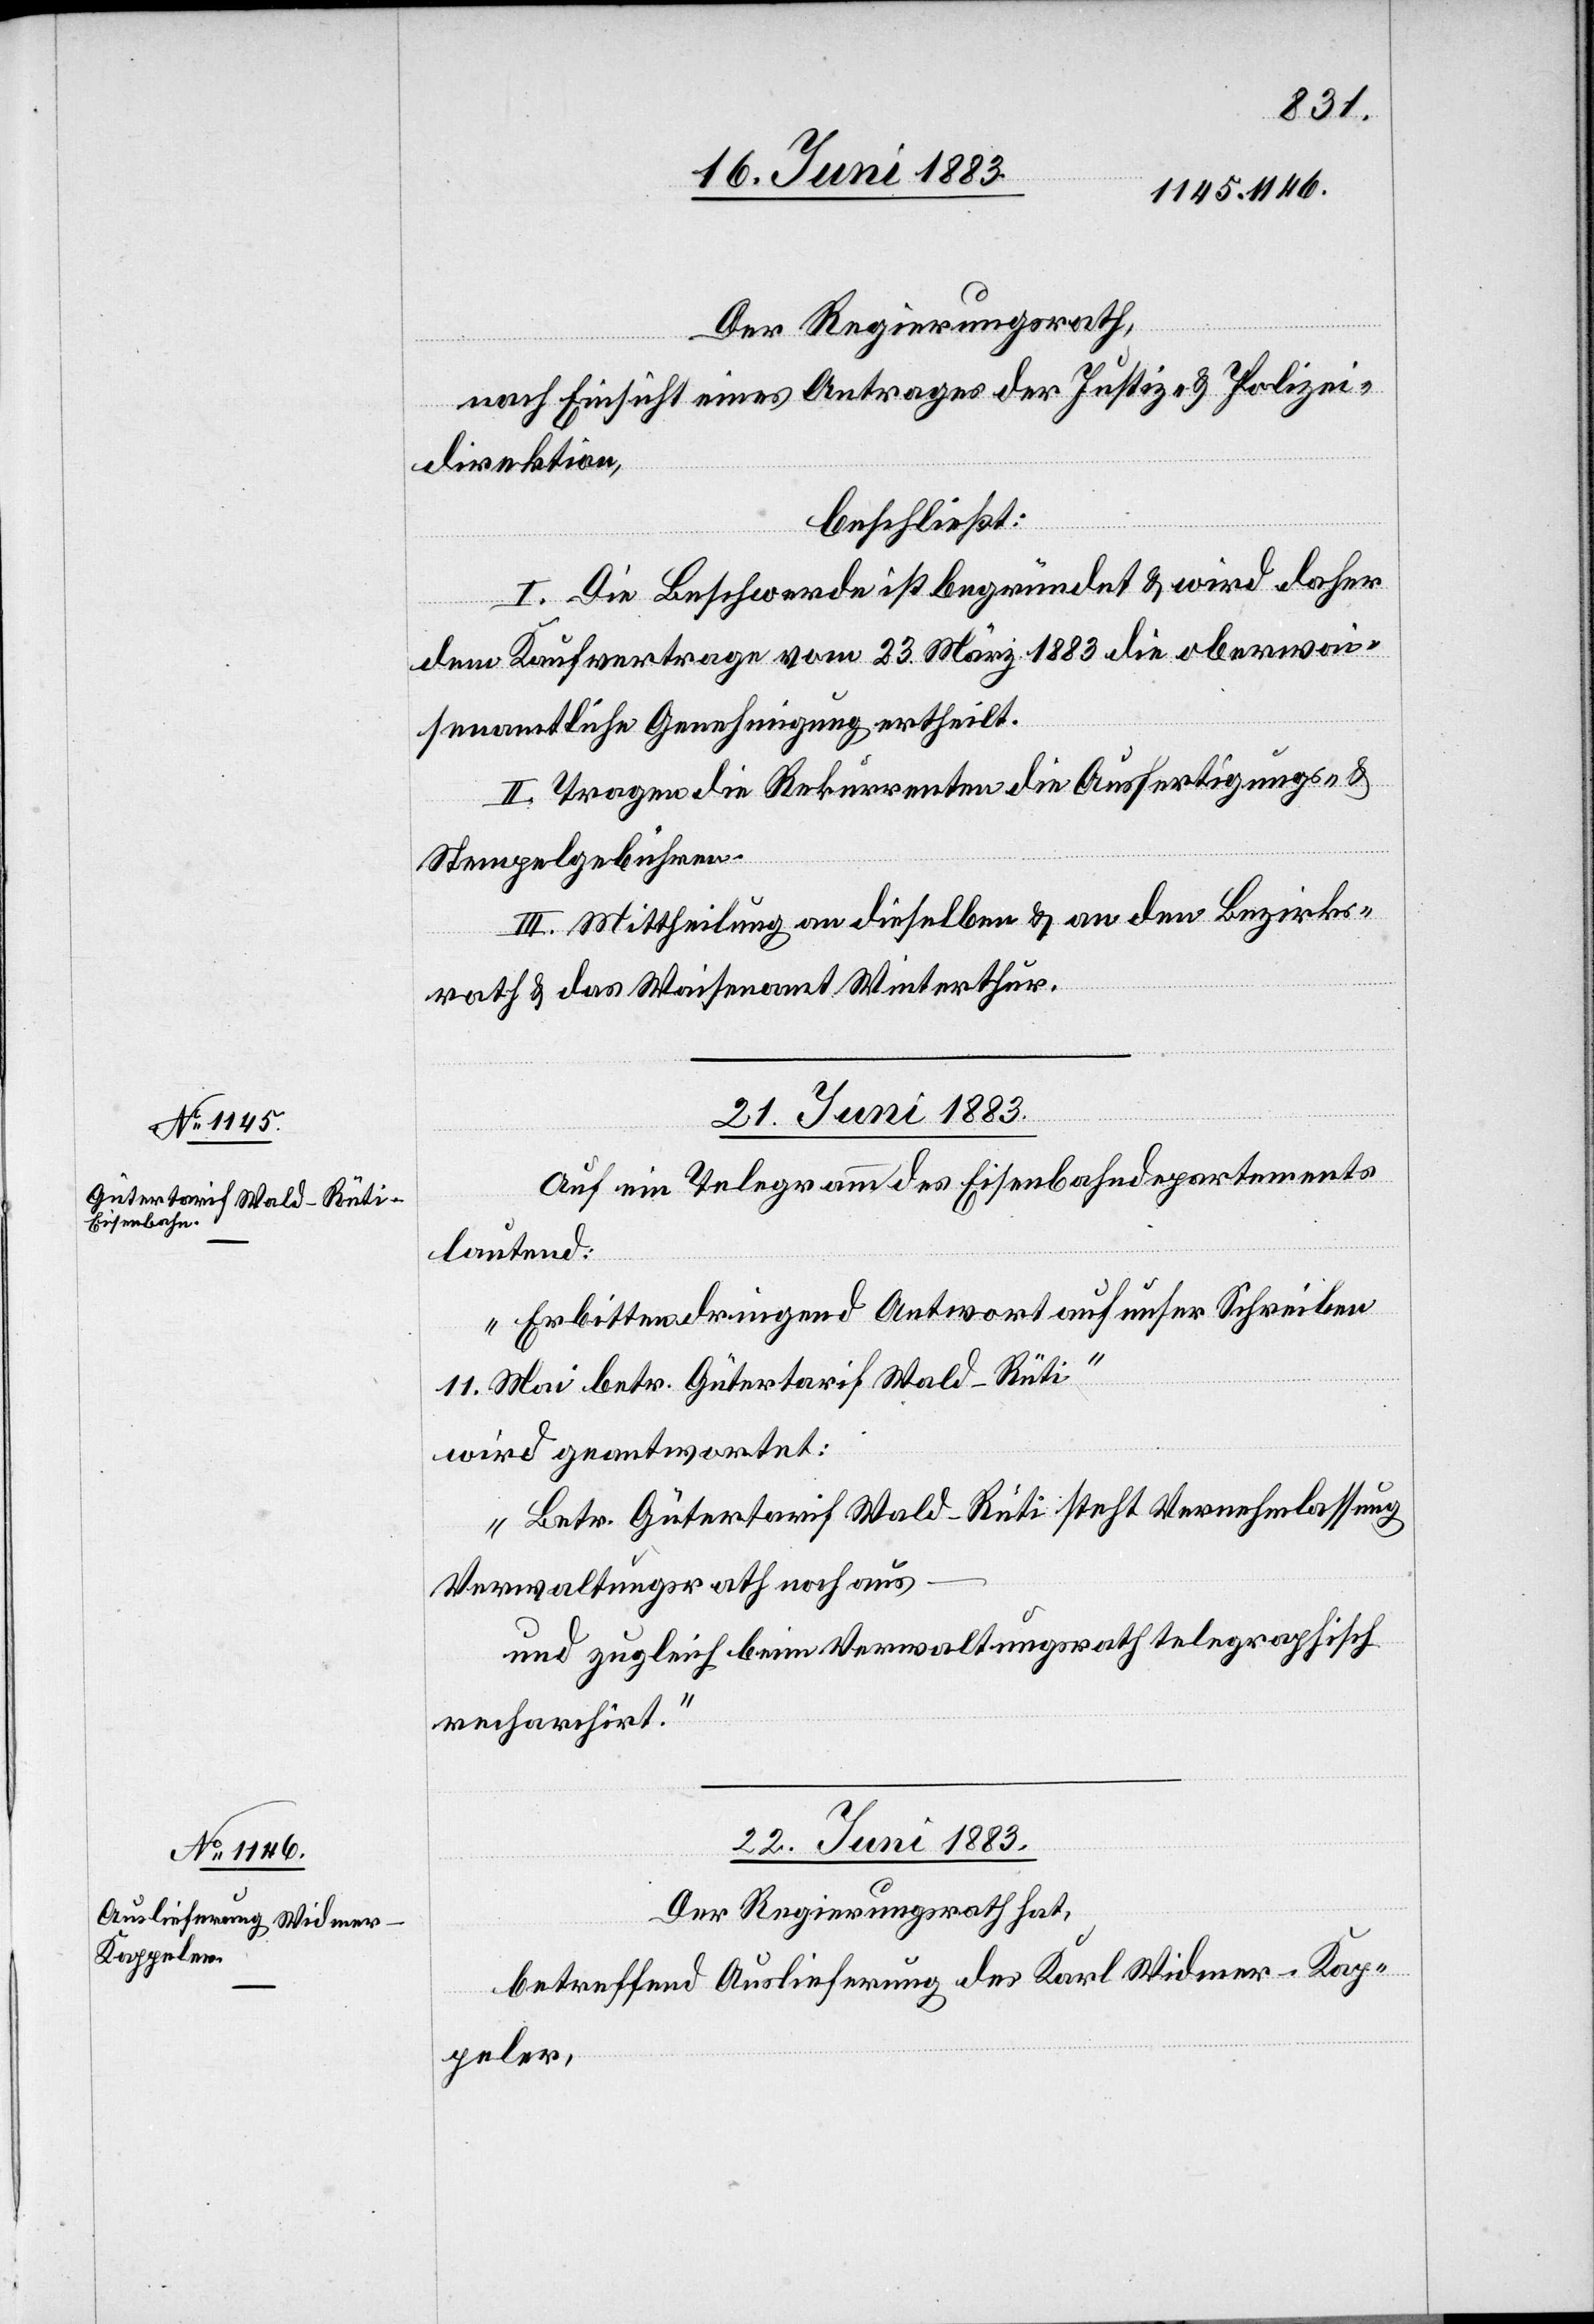
Der Regierungsrath,
nach Einsicht eines Antrages der Justiz- & Polizei¬
direktion,
beschließt:
I. Die Beschwerde ist begründet & wird daher
dem Kaufvertrage vom 23. März 1883 die oberwai¬
senamtliche Genehmigung ertheilt.
II. Tragen die Rekurrenten die Ausfertigungs-
Stempelgebühren.
III. Mittheilung an dieselben & an den Bezirks¬
rath & das Waisenamt Winterthur.
21. Juni 1883.
Auf ein Telegramm des Eisenbahndepartements
lautend:
„Erbitten dringend Antwort auf unser Schreiben
11. Mai betr. Gütertarif Wald–Rüti“
wird geantwortet:
„Betr. Gütertarif Wald–Rüti steht Vernehmlassung
Verwaltungsrath noch aus
und zugleich beim Verwaltungsrath telegraphisch
recharchirt.“
22. Juni 1883.
Der Regierungsrath hat,
betreffend Auslieferung des Karl Widmer-Kap¬
peler,